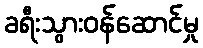
ခရီးသွားဝန်ဆောင်မှု